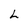
Character: L